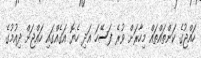
ހައްޖުގެ ކަންތައްތައް މިހާރަށް ވުރެ ފަސޭހަ އަދި ހެޔޮ އަގެއްގައި ހައްޖަށް ދިއުމުގެ